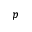
p